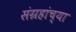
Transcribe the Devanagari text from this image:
संग्रहांच्या